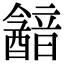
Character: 韽